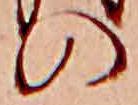
の